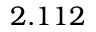
2 . 1 1 2